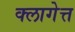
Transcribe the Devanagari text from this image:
क्लागेत्त